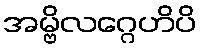
အမ္ဗိလဂ္ဂေဟိပိ